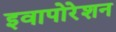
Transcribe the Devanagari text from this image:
इवापोरेशन